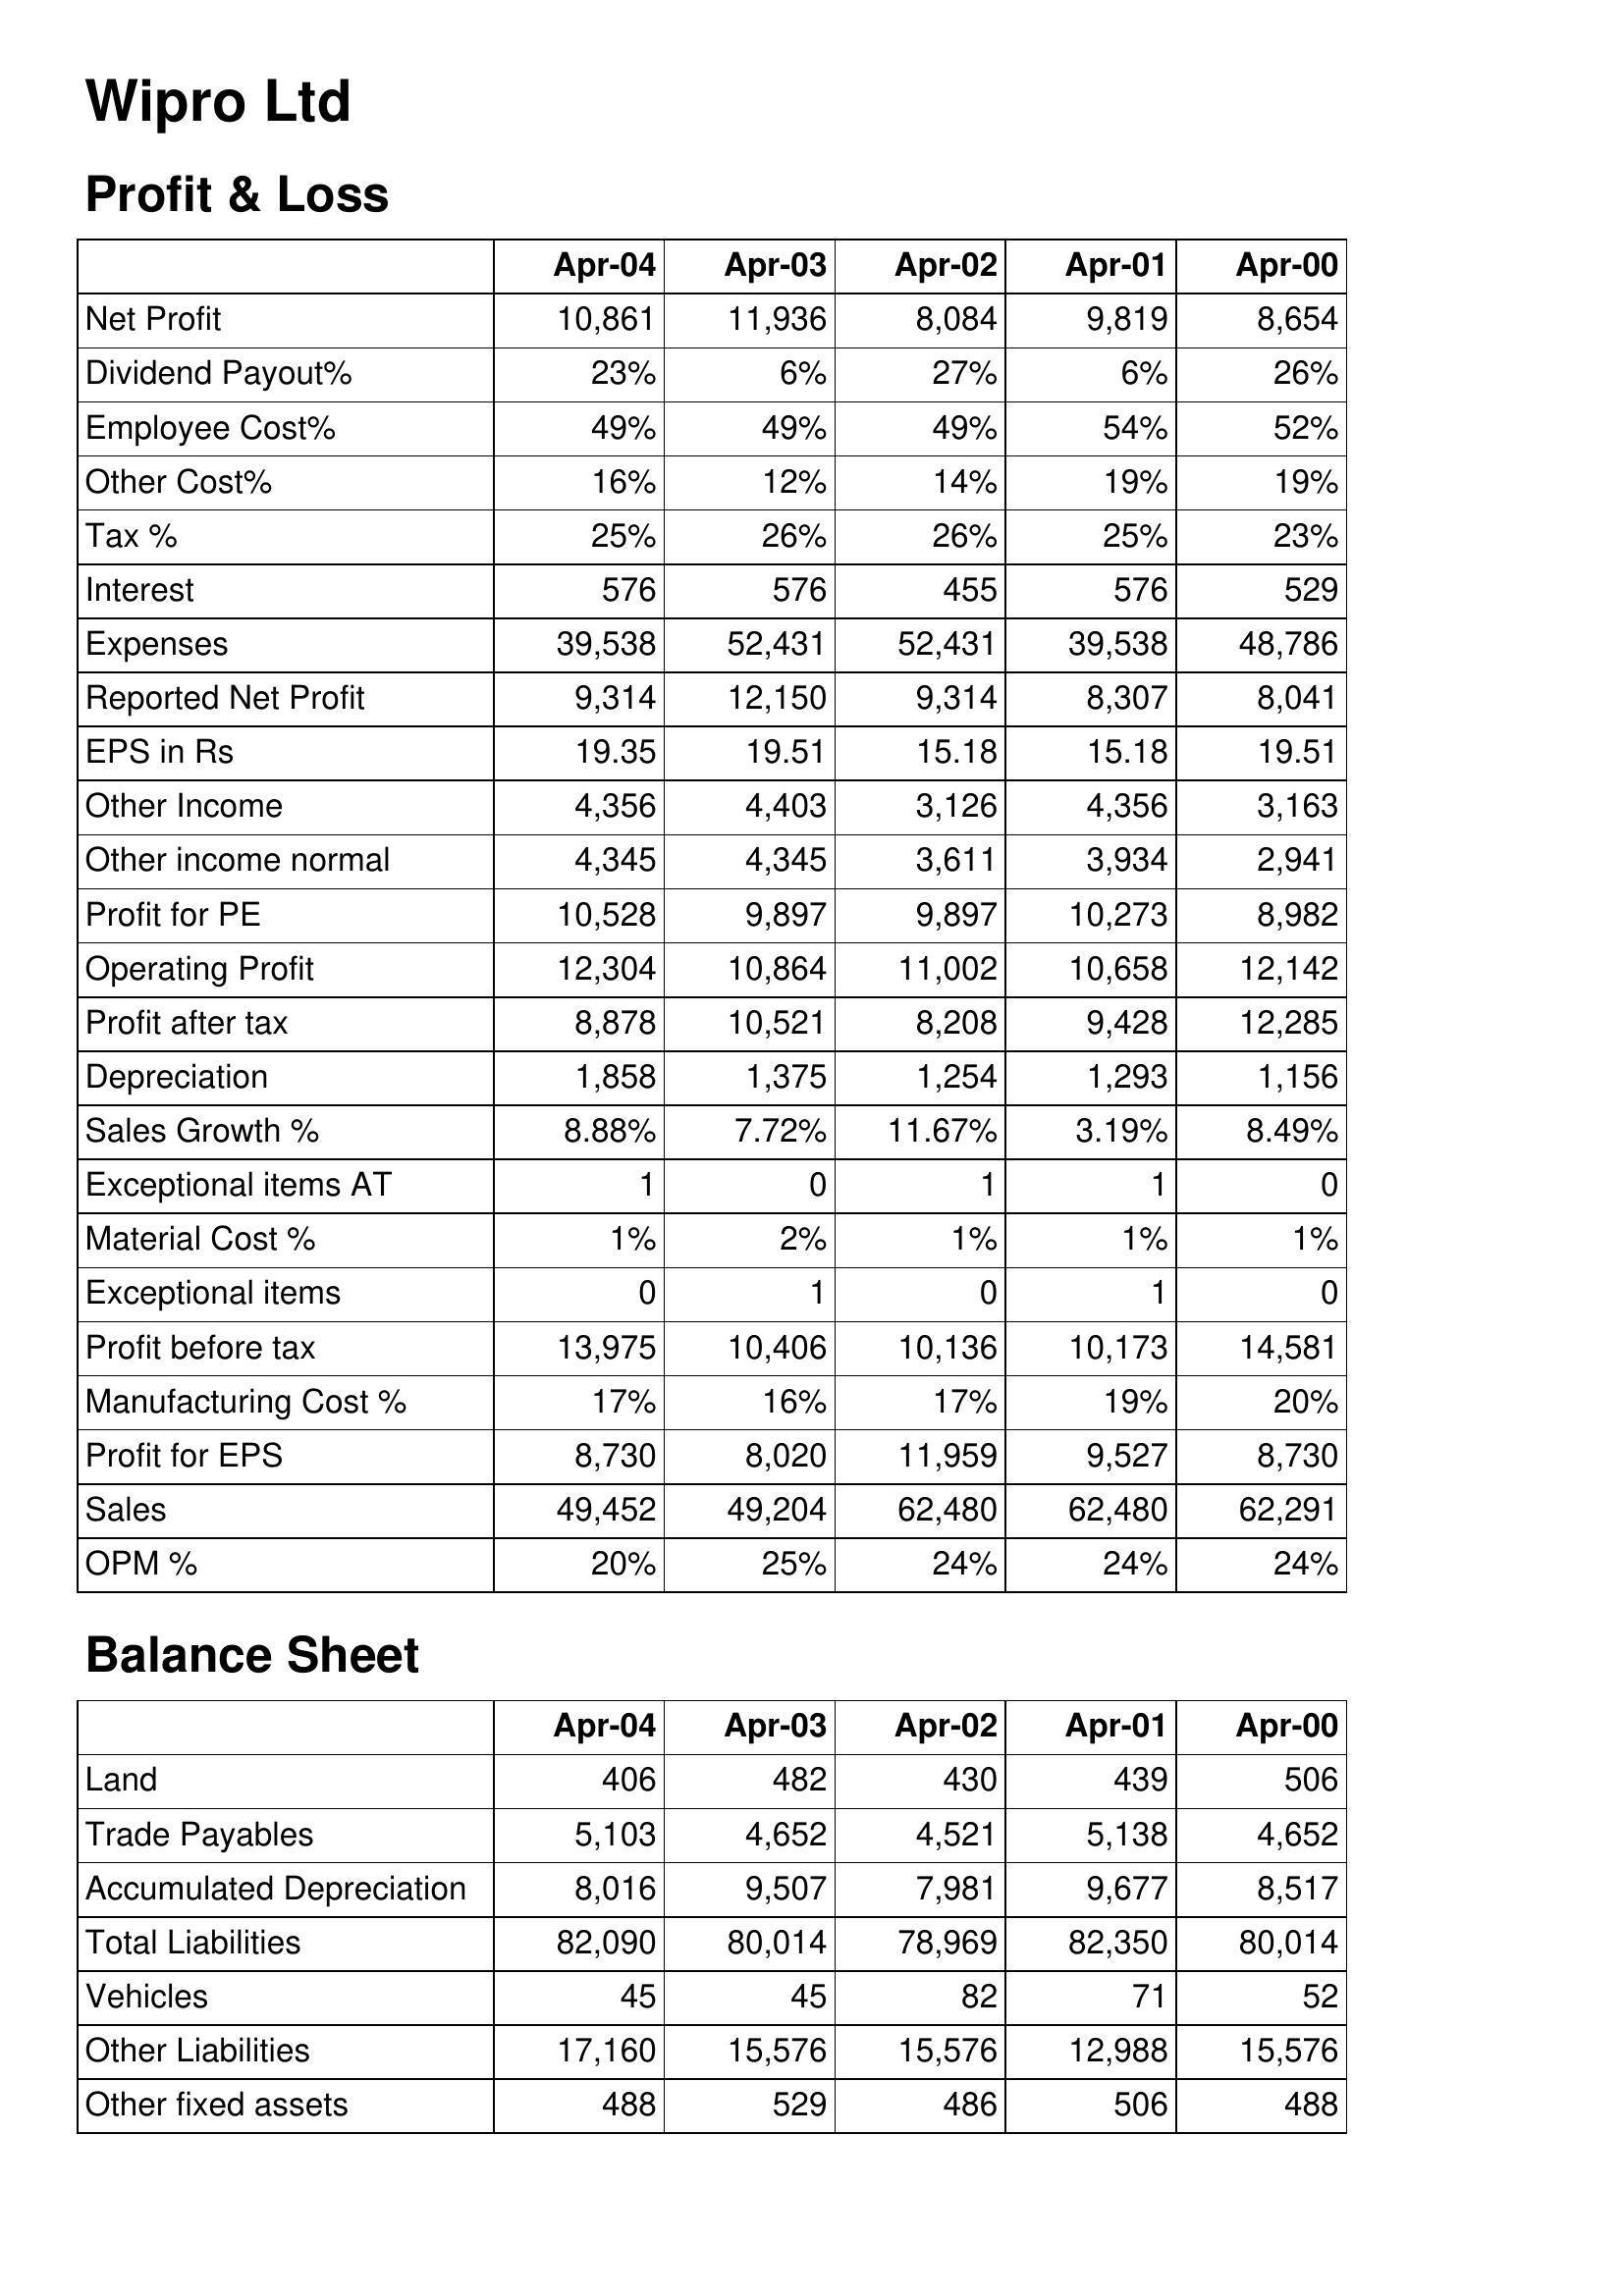
Apr-04: Profit & Loss: Net Profit: 10,861
Dividend Payout%: 23%
Employee Cost%: 49%
Other Cost%: 16%
Tax %: 25%
Interest: 576
Expenses: 39,538
Reported Net Profit: 9,314
EPS in Rs: 19.35
Other Income: 4,356
Other income normal: 4,345
Profit for PE: 10,528
Operating Profit: 12,304
Profit after tax: 8,878
Depreciation: 1,858
Sales Growth %: 8.88%
Exceptional items AT: 1
Material Cost %: 1%
Exceptional items: 0
Profit before tax: 13,975
Manufacturing Cost %: 17%
Profit for EPS: 8,730
Sales: 49,452
OPM %: 20%
Balance Sheet: Land: 406
Trade Payables: 5,103
Accumulated Depreciation: 8,016
Total Liabilities: 82,090
Vehicles: 45
Other Liabilities: 17,160
Other fixed assets: 488
Apr-03: Profit & Loss: Net Profit: 11,936
Dividend Payout%: 6%
Employee Cost%: 49%
Other Cost%: 12%
Tax %: 26%
Interest: 576
Expenses: 52,431
Reported Net Profit: 12,150
EPS in Rs: 19.51
Other Income: 4,403
Other income normal: 4,345
Profit for PE: 9,897
Operating Profit: 10,864
Profit after tax: 10,521
Depreciation: 1,375
Sales Growth %: 7.72%
Exceptional items AT: 0
Material Cost %: 2%
Exceptional items: 1
Profit before tax: 10,406
Manufacturing Cost %: 16%
Profit for EPS: 8,020
Sales: 49,204
OPM %: 25%
Balance Sheet: Land: 482
Trade Payables: 4,652
Accumulated Depreciation: 9,507
Total Liabilities: 80,014
Vehicles: 45
Other Liabilities: 15,576
Other fixed assets: 529
Apr-02: Profit & Loss: Net Profit: 8,084
Dividend Payout%: 27%
Employee Cost%: 49%
Other Cost%: 14%
Tax %: 26%
Interest: 455
Expenses: 52,431
Reported Net Profit: 9,314
EPS in Rs: 15.18
Other Income: 3,126
Other income normal: 3,611
Profit for PE: 9,897
Operating Profit: 11,002
Profit after tax: 8,208
Depreciation: 1,254
Sales Growth %: 11.67%
Exceptional items AT: 1
Material Cost %: 1%
Exceptional items: 0
Profit before tax: 10,136
Manufacturing Cost %: 17%
Profit for EPS: 11,959
Sales: 62,480
OPM %: 24%
Balance Sheet: Land: 430
Trade Payables: 4,521
Accumulated Depreciation: 7,981
Total Liabilities: 78,969
Vehicles: 82
Other Liabilities: 15,576
Other fixed assets: 486
Apr-01: Profit & Loss: Net Profit: 9,819
Dividend Payout%: 6%
Employee Cost%: 54%
Other Cost%: 19%
Tax %: 25%
Interest: 576
Expenses: 39,538
Reported Net Profit: 8,307
EPS in Rs: 15.18
Other Income: 4,356
Other income normal: 3,934
Profit for PE: 10,273
Operating Profit: 10,658
Profit after tax: 9,428
Depreciation: 1,293
Sales Growth %: 3.19%
Exceptional items AT: 1
Material Cost %: 1%
Exceptional items: 1
Profit before tax: 10,173
Manufacturing Cost %: 19%
Profit for EPS: 9,527
Sales: 62,480
OPM %: 24%
Balance Sheet: Land: 439
Trade Payables: 5,138
Accumulated Depreciation: 9,677
Total Liabilities: 82,350
Vehicles: 71
Other Liabilities: 12,988
Other fixed assets: 506
Apr-00: Profit & Loss: Net Profit: 8,654
Dividend Payout%: 26%
Employee Cost%: 52%
Other Cost%: 19%
Tax %: 23%
Interest: 529
Expenses: 48,786
Reported Net Profit: 8,041
EPS in Rs: 19.51
Other Income: 3,163
Other income normal: 2,941
Profit for PE: 8,982
Operating Profit: 12,142
Profit after tax: 12,285
Depreciation: 1,156
Sales Growth %: 8.49%
Exceptional items AT: 0
Material Cost %: 1%
Exceptional items: 0
Profit before tax: 14,581
Manufacturing Cost %: 20%
Profit for EPS: 8,730
Sales: 62,291
OPM %: 24%
Balance Sheet: Land: 506
Trade Payables: 4,652
Accumulated Depreciation: 8,517
Total Liabilities: 80,014
Vehicles: 52
Other Liabilities: 15,576
Other fixed assets: 488